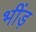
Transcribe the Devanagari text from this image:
भींड़